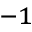
^ { - 1 }